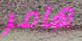
هامر